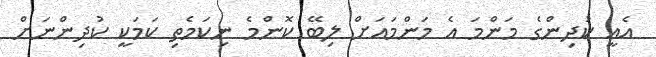
އެއީ ކުދިންގެ މަންމަ އެ މަންމައަށް ލިބޭ ކޮންމެ ނިކަމެތި ކަމަކީ ކުދިންނަށް